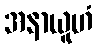
အနာယူဟံ